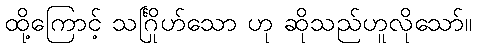
ထို့ကြောင့် သင်္ဂြိုဟ်သော ဟု ဆိုသည်ဟူလိုသော်။